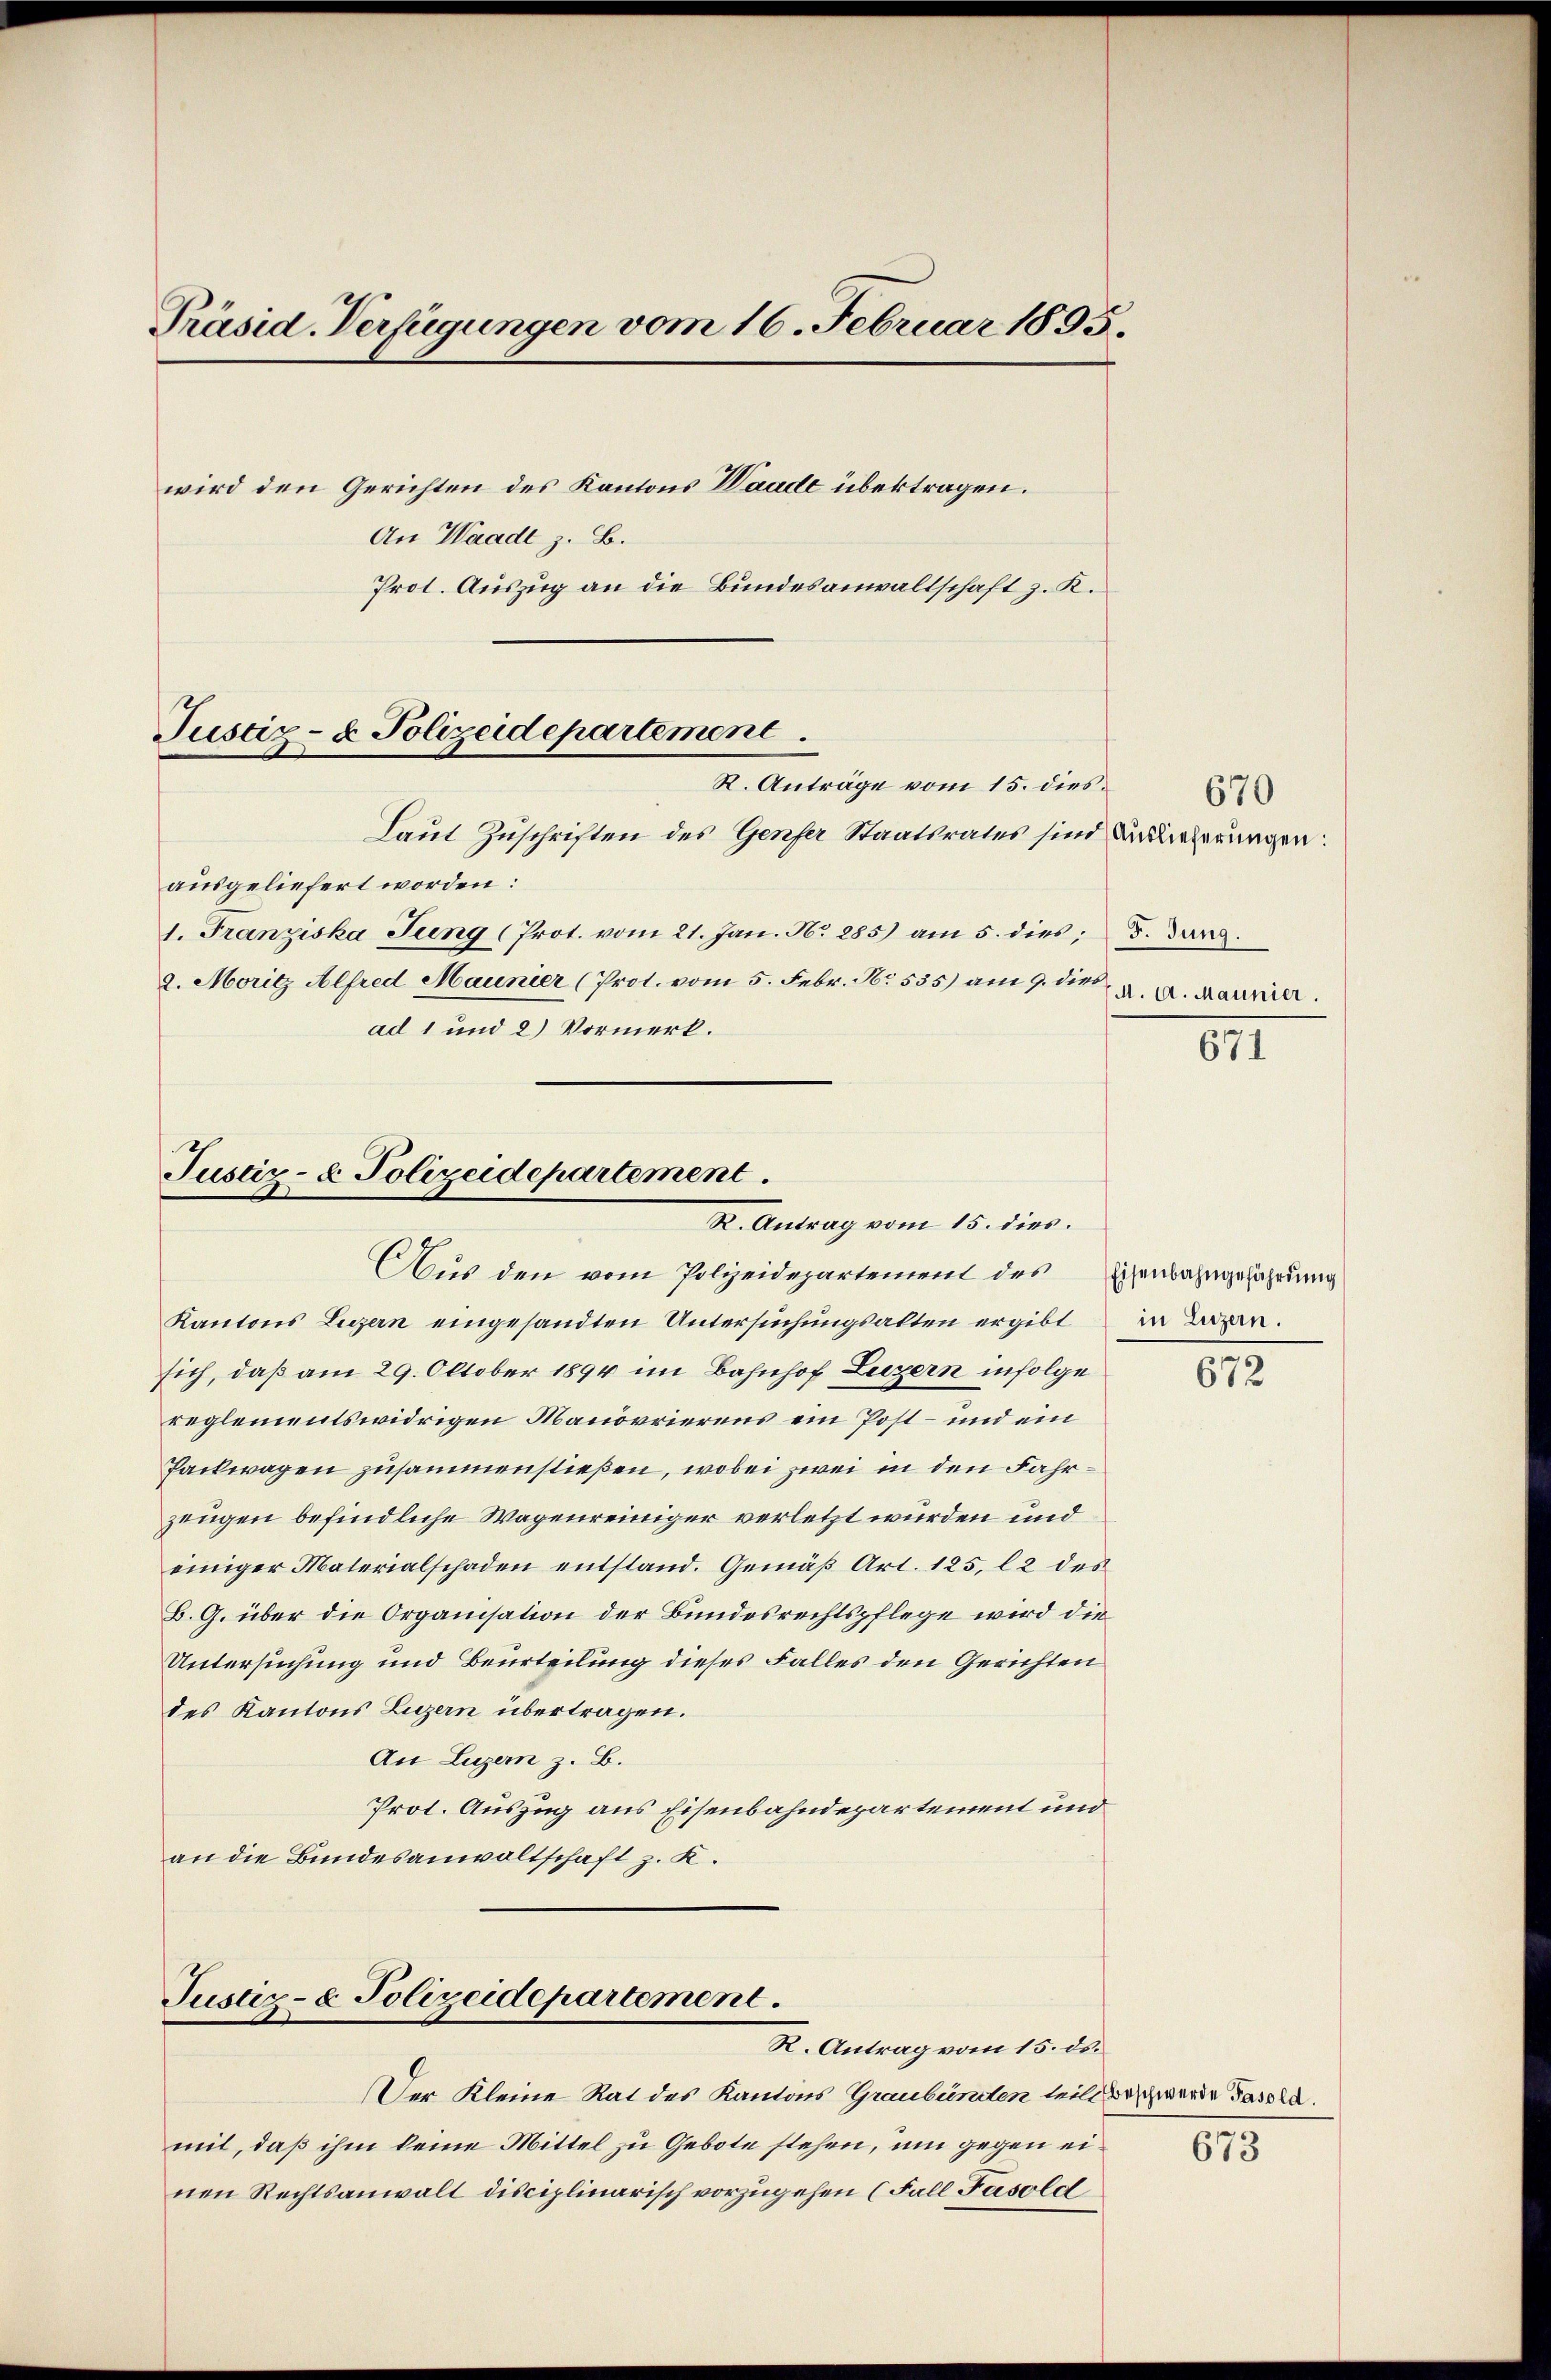
Präsid. Verfügungen vom 16. Februar 1895.
wird den Gerichten des Kantons Waade übertragen.
An Waadt z. B.
Prot. Auszug an die Bundesanwaltschaft z. K.
Justiz- & Polizeidepartement.
R. Anträge vom 15. dies
Laut Zuschriften des Genfer Staatsrates sind deferungen:

ausgeliefert worden:
1. Franziska Jung (Prot. vom 21. Jan. N. 285) am 5. dies; 3. Jun.
2. Moritz Alfred Maunier (Prot. vom 5. Febr. No. 535) am 9. die a. a. Baumer.
ad 1 und 2) Vormerk.

Justiz- & Polizeidepartement
K. Antrag vom 15. dies

Justiz- & Polizeidepartement.

Aus den vom Polizeidepartement des Eisenbahngefahrung
Kantons Luzern eingesandten Untersuchungsalten ergibt
sich, daß am 29. Oktober 1894 im Bahnhof Luzern infolge
reglementswidrigen Manövrierens ein Post- und ein
Packwagen zusammenstießen, wobei zwei in den Fahrzeugen befindliche Wagenreiniger verletzt würden und
einiger Materialschaden entstand. Gemäß Art. 125, 12 des
B. G. über die Organisation der Bundesrechtspflege wird die
Untersuchung und Beurteilung dieses Falles den Gerichten
des Kantons Luzern übertragen.
An Luzern z. B.
Prot. Auszug aus Eisenbahndepartement und
an die Bundesanwaltschaft z. K.

Der Kleine Rat des Kantons Graubürnten teil Beschwerde Fassla
mit, daß ihm keine Mittel zu Gebote stehen, um gegen einen Rechtsanwalt disciplinarisch vorzugehen (Fall Fasold

R. Antrag vom 15. ds.

670

671

in Luzern.

672

673